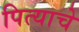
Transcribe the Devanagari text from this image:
पित्‍याचे